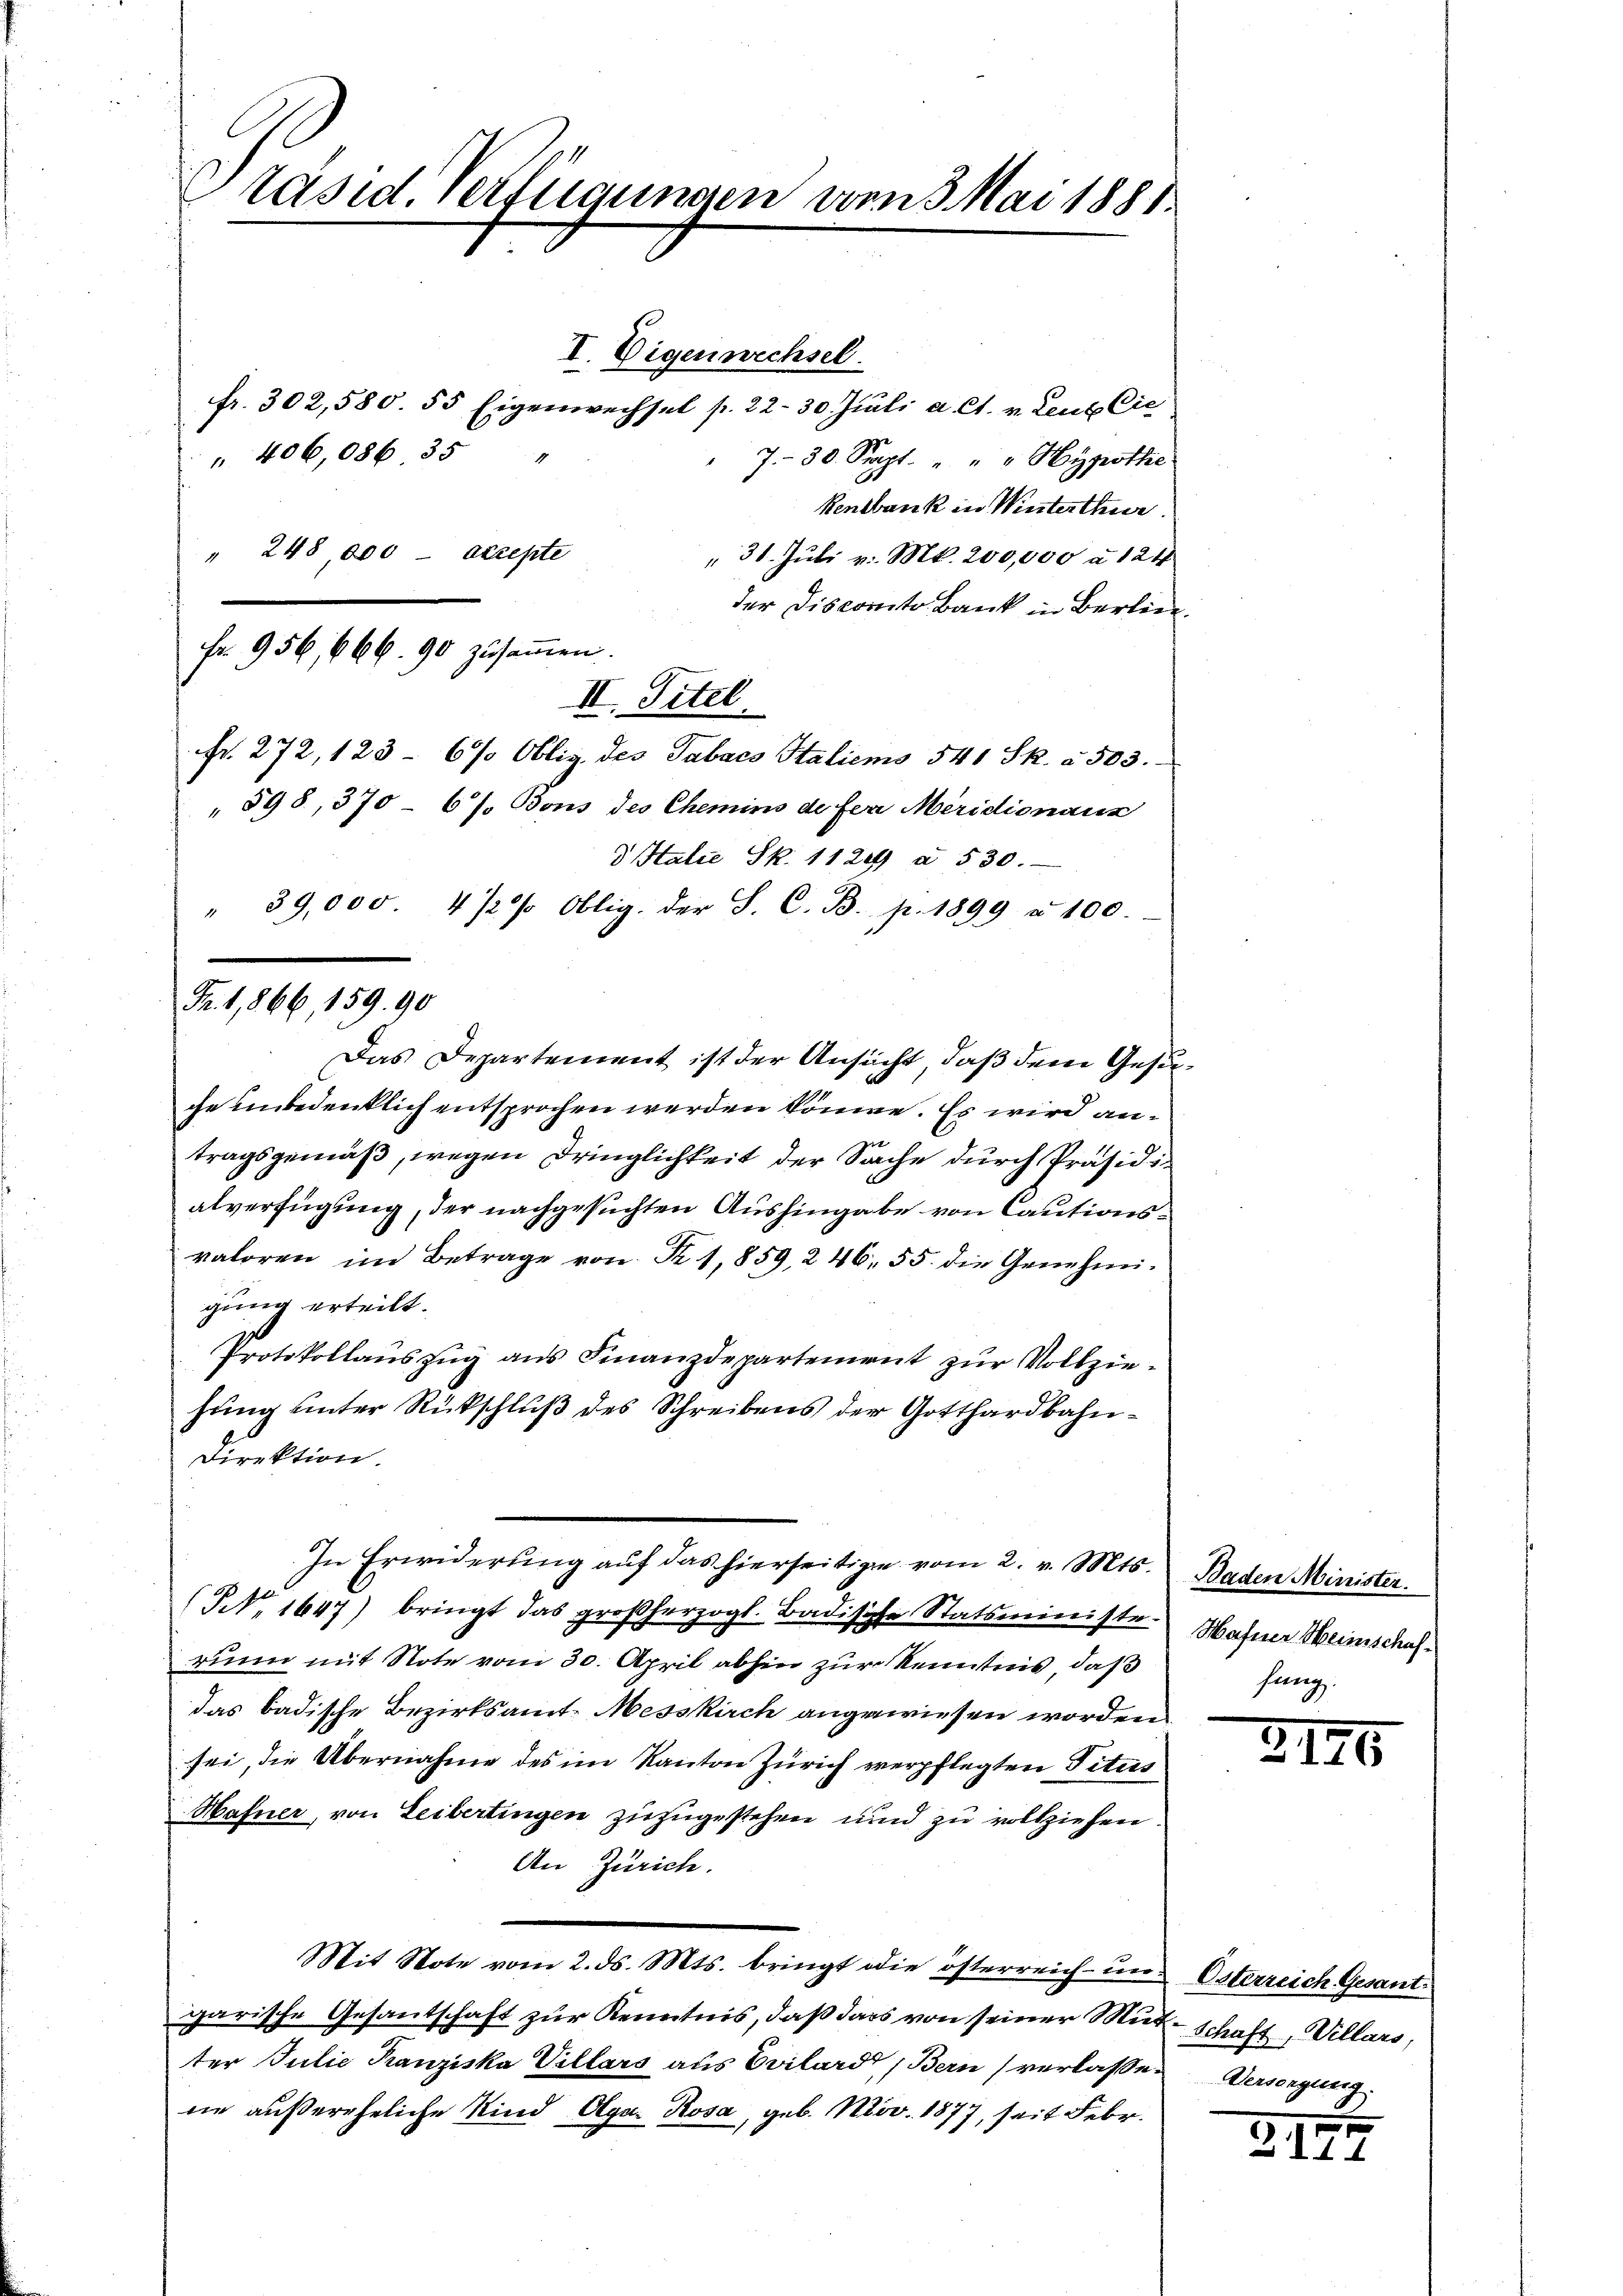
räsid. Verfügungen vom 3. Mai 1881.

Fr. 1,866, 159. 90

" 248, 000 - excepte
Fr. 956, 666. 90 zŭsaṁen.
II. Titel.

I. Eigen wechsel.
fr. 302,580. 55 Eigenwechsel p. 22. 30 Juli a. Ct. v. Lenz Cie
" 406,086. 35 "
7.- 30. Sept. " " " Hypothe
Kentbank in Winterthur.
" 31. Juli v. Mt. 200,000 à 124
der Disconito Bank in Berlie
fr. 272, 123 - 6% Oblig, des Tabacs Italiens 541 Sk. à 503.
" 598, 370 - 6% Bons des Chemins de fern Meridionaus
d Italie Sk. 1120 à 530.
" 39,000 4 1/2% Oblig. der S. C. B. p. 1899 à 100.
Das Departement ist der Ansucht, daß dem Gesuche unbedenklich entsprochen werden könne. Es wird anit
tragsgemäß, wegen Dringlichkeit der Sache durch Präsidialverfügung, der nachgesuchten Aushingabe von Cautionsvaloren im Betrage von R. 1,859, 246, 55. die Genehmigung erteilt.
Protokollauszug aus Finanzdepartement zur Vollziehung unter Rückschluß des Schreibens der Gotthardbahn¬
Direktion.
In Erwiderung auf das hierseitigen vom 2. v. Mts. Baden Minister.
(NNo. 1647) bringt das großherzogl. Badische Statsministe
runn mit Note vom 30. April abhin zur Kenntnis, daß
das badische Bezirksamt-Messkirch angewiesen worden
sei, die Übernahme des im Kanton Zürich verpflegten Titus
Hafner, von Leibertingen zuzugestehen und zu vollziehen.
An Zürich.
Mit Note vom 2. ds. Mts. bringt die österreich- und Österreich Gesant
garische Gesantschaft zur Kenntnis, daß dass von seiner Mit- Schaft, Villars,
ter Julie Tanziska Villars aus Evilardt, Bern) verlassene außereheliche Kind Olga Rosa, geb. Nov. 1877, seit Febr.

Hafner Heinschaffung.

3176

Versingung.

Z. 177